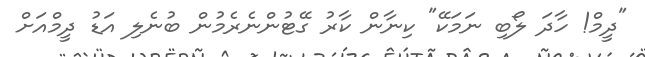
"ދީމް! ހާދަ ލޯބި ނަމަކޭ" ކިނާން ކާރު ގޭޓުންނެރެމުން ބުނެލި އަޑު ދީމްއަށް